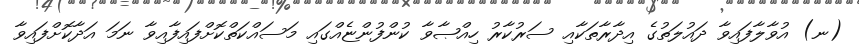
(ނ) އުވާލާފައިވާ ދައުލަތުގެ އިދާރާތަކާއި ސަރުކާރު ހިއްޞާވާ ކުންފުންޏެއްގައި މަސައްކަތްކޮށްފައިފާއިވާ ނަމަ އަދާކޮށްފައިވާ